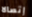
إتصالا